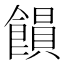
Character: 𩞗